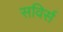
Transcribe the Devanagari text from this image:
सविर्स